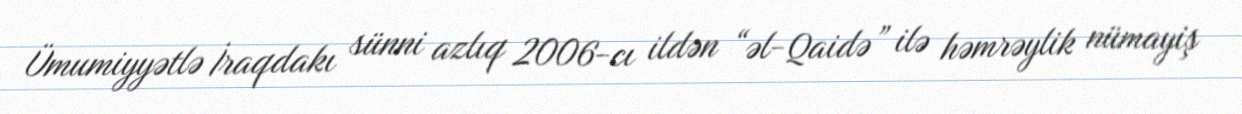
Ümumiyyətlə İraqdakı sünni azlıq 2006-cı ildən “əl-Qaidə” ilə həmrəylik nümayiş